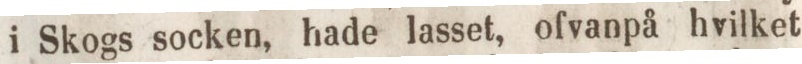
i Skogs socken, hade lasset, ofvanpå hvilket